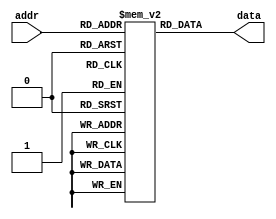
module parameterized_rom #(
    parameter ADDR_WIDTH = 4,      // Number of address bits
    parameter DATA_WIDTH = 8       // Width of data
) (
    input wire [ADDR_WIDTH-1:0] addr, // Address input
    output reg [DATA_WIDTH-1:0] data   // Data output
);

// Memory initialization (can be hardcoded or loaded from a file)
reg [DATA_WIDTH-1:0] rom [0:(1 << ADDR_WIDTH)-1];

// Initialize the ROM with predefined values
initial begin
    // Example initialization: fill the ROM with some values
    // You can replace these values with actual data as needed
    rom[0]  = 8'h00;
    rom[1]  = 8'h01;
    rom[2]  = 8'h02;
    rom[3]  = 8'h03;
    rom[4]  = 8'h04;
    rom[5]  = 8'h05;
    rom[6]  = 8'h06;
    rom[7]  = 8'h07;
    // Add more initialization as needed based on the size of ADDR_WIDTH
end

// Behavioral access: Output the data corresponding to the address input
always @(*) begin
    data = rom[addr]; // Read data from ROM based on address
end

endmodule